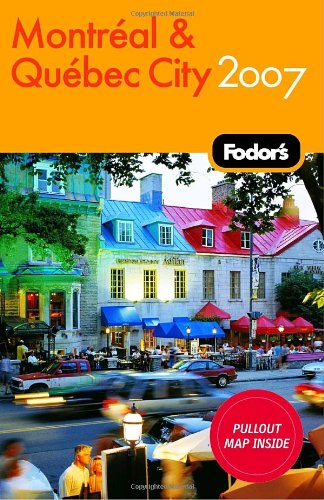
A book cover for Fodor's Montreal and Quebec City 2007 (Fodor's Gold Guides); Fodor's; Travel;